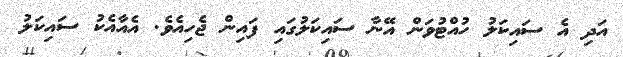
އަދި އެ ސައިކަލު ހުއްޓުވަން އޭނާ ސައިކަލުގައި ފައިން ޖެހިއެވެ. އެއާއެކު ސައިކަލު